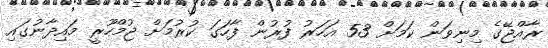
ރާއްޖޭގެ މިނިވަން ކަމަށް 53 އަހަރު ފުރުން ފާހަގަ ކުރުމަށް ޖުމްހޫރީ މައިދާނުގައި